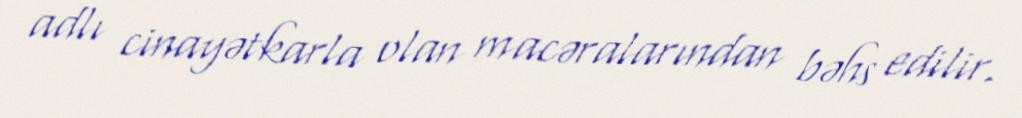
adlı cinayətkarla olan macəralarından bəhs edilir.